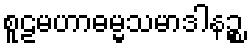
စူဠမဟာဓမ္မသမာဒါနဉ္စ